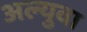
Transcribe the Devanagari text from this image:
अल्युवा